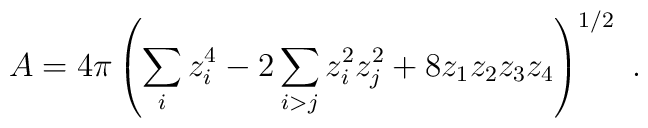
A  = 4\pi \left( {  \sum\limits_i z_i^4 -2 \sum\limits_{i>j} z_i^2 z_j^2 + 8z_1 z_2 z_3 z_4 } \right)^{1/2}\ .